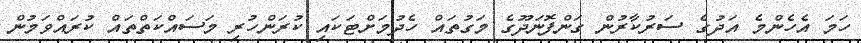
ހަމަ އެހެންމެ އަދުގެ ސަރުކާރުން ގަންފޮނަދޫގެ މަގުތައް ހެދުމަށްޓަކައި ކުރަންހުރި މަސައްކަތްތައް ކުރައްވަމުން